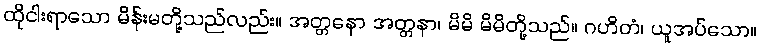
ထိုငါးရာသော မိန်းမတို့သည်လည်း။ အတ္တနော အတ္တနာ၊ မိမိ မိမိတို့သည်။ ဂဟိတံ၊ ယူအပ်သော။